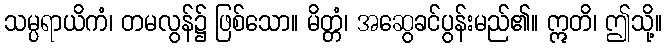
သမ္ပရာယိကံ၊ တမလွန်၌ ဖြစ်သော။ မိတ္တံ၊ အဆွေခင်ပွန်းမည်၏။ ဣတိ၊ ဤသို့။